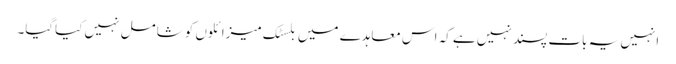
انہیں یہ بات پسند نہیں ہے کہ اس معاہدے میں بلسٹک میزائلوں کو شامل نہیں کیاگیا۔